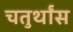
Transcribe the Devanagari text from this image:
चतुर्थांस